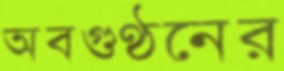
অবগুণ্ঠনের